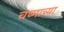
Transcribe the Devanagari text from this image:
चष्माच्या